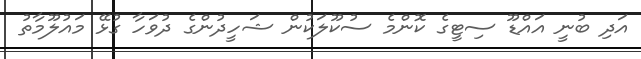
އަދި ބުނީ އައްޑޫ ސިޓީގެ ކޮންމެ ސުކޫލަކުން ޝަހީދުންގެ ދުވަހާ ގުޅޭ މައުލޫމާތު